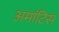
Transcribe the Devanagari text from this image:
अमांटिस